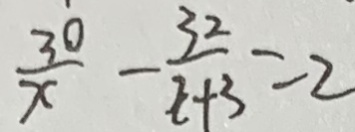
\frac { 3 0 } { x } - \frac { 3 2 } { x + 3 } = 2